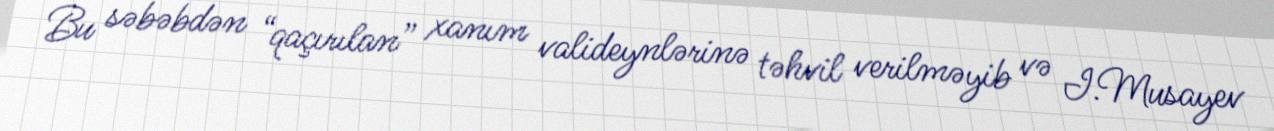
Bu səbəbdən “qaçırılan” xanım valideynlərinə təhvil verilməyib və I.Musayev